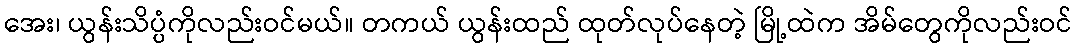
အေး၊ ယွန်းသိပ္ပံကိုလည်းဝင်မယ်။ တကယ် ယွန်းထည် ထုတ်လုပ်နေတဲ့ မြို့ထဲက အိမ်တွေကိုလည်းဝင်